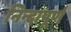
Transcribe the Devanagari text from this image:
निन्दापूर्ण